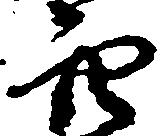
穴